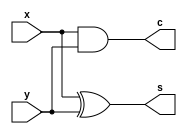
`timescale 1ns / 1ps
//////////////////////////////////////////////////////////////////////////////////
// Company: 
// Engineer: 
// 
// Design Name: 
// Module Name: halfAdder
// Project Name: 
// Target Devices: 
// Tool Versions: 
// Description: 
// 
// Dependencies: 
// 
// Revision:
// Revision 0.01 - File Created
// Additional Comments:
// 
//////////////////////////////////////////////////////////////////////////////////


module halfAdder(
        input x,y ,
        output c,s
    );
    assign s = x ^ y ; // sum
    assign c = x & y ; //carry
    
endmodule